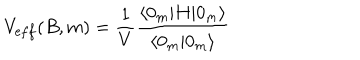
LaTeX: V _ { \mathrm e f f } ( B , m ) = \frac { 1 } { V } \frac { \langle 0 _ { m } | H | 0 _ { m } \rangle } { \langle 0 _ { m } | 0 _ { m } \rangle }